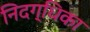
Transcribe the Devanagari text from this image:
निदग्धिका